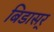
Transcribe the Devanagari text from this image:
बिडासर्